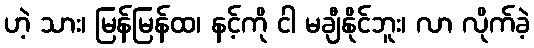
ဟဲ့ သား၊ မြန်မြန်ထ၊ နင့်ကို ငါ မချီနိုင်ဘူး၊ လာ လိုက်ခဲ့